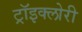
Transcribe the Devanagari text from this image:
ट्रॉइक्लोरी